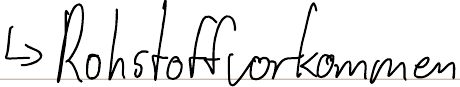
-> Rohstoffvorkommen